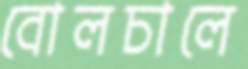
বোলচালে